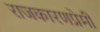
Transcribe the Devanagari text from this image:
राजकारणप्रेमी